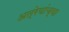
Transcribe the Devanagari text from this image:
अत्रेयांच्या